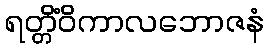
ရတ္တိံဝိကာလဘောဇနံ